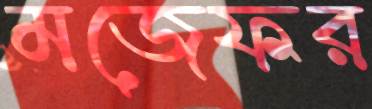
মজেফর